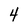
Character: 4